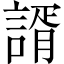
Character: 諝